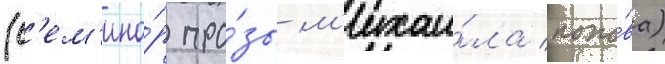
(с'ем'ина́р про́зы м'ихаи́ла попо́ва)